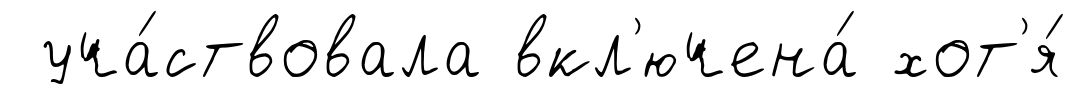
уча́ствовала вкл'ючена́ хот'я́